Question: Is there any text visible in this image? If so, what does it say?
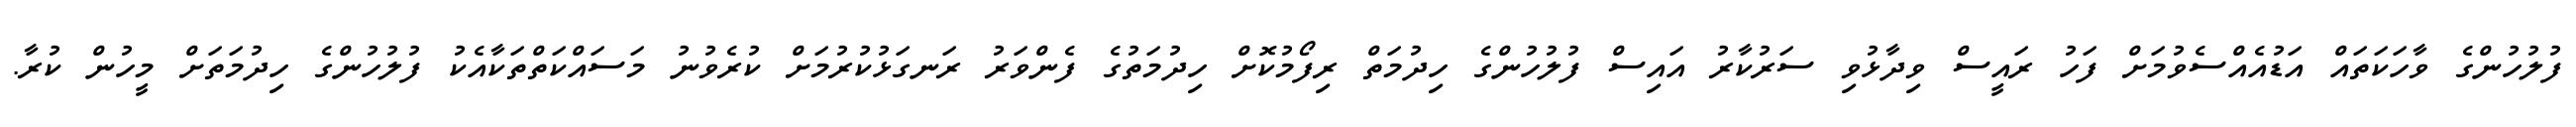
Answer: ފުލުހުންގެ ވާހަކަތައް އަޑުއެއްސެވުމަށް ފަހު ރައީސް ވިދާޅުވި ސަރުކާރު އައިސް ފުލުހުންގެ ހިދުމަތް ރިފޯމުކޮށް ހިދުމަތުގެ ފެންވަރު ރަނގަޅުކުރުމަށް ކުރެވުނު މަސައްކަތްތަކާއެކު ފުލުހުންގެ ހިދުމަތަށް މީހުން ކުރާ.